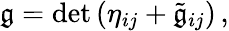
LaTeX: \mathfrak{g}=\mathrm{{det}}\left(\eta_{ij}+{\tilde{{\mathfrak{g}}}}_{ij}\right)\, ,